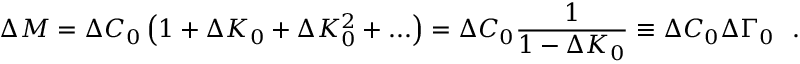
\Delta M = \Delta C _ { 0 } \left( 1 + \Delta K _ { 0 } + \Delta K _ { 0 } ^ { 2 } + . . . \right) = \Delta C _ { 0 } \frac { 1 } { 1 - \Delta K _ { 0 } } \equiv \Delta C _ { 0 } \Delta \Gamma _ { 0 } \: \: \: .